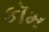
કૉમ